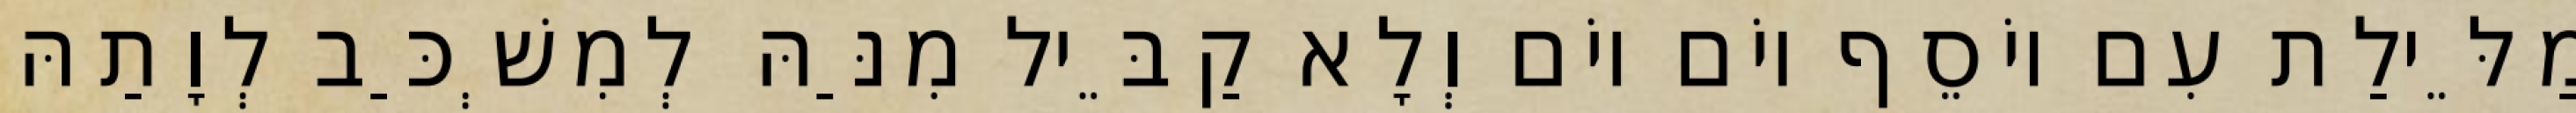
מַלֵּילַת עִם יוֹסֵף יוֹם יוֹם וְלָא קַבֵּיל מִנַּהּ לְמִשְׁכַּב לְוָתַהּ